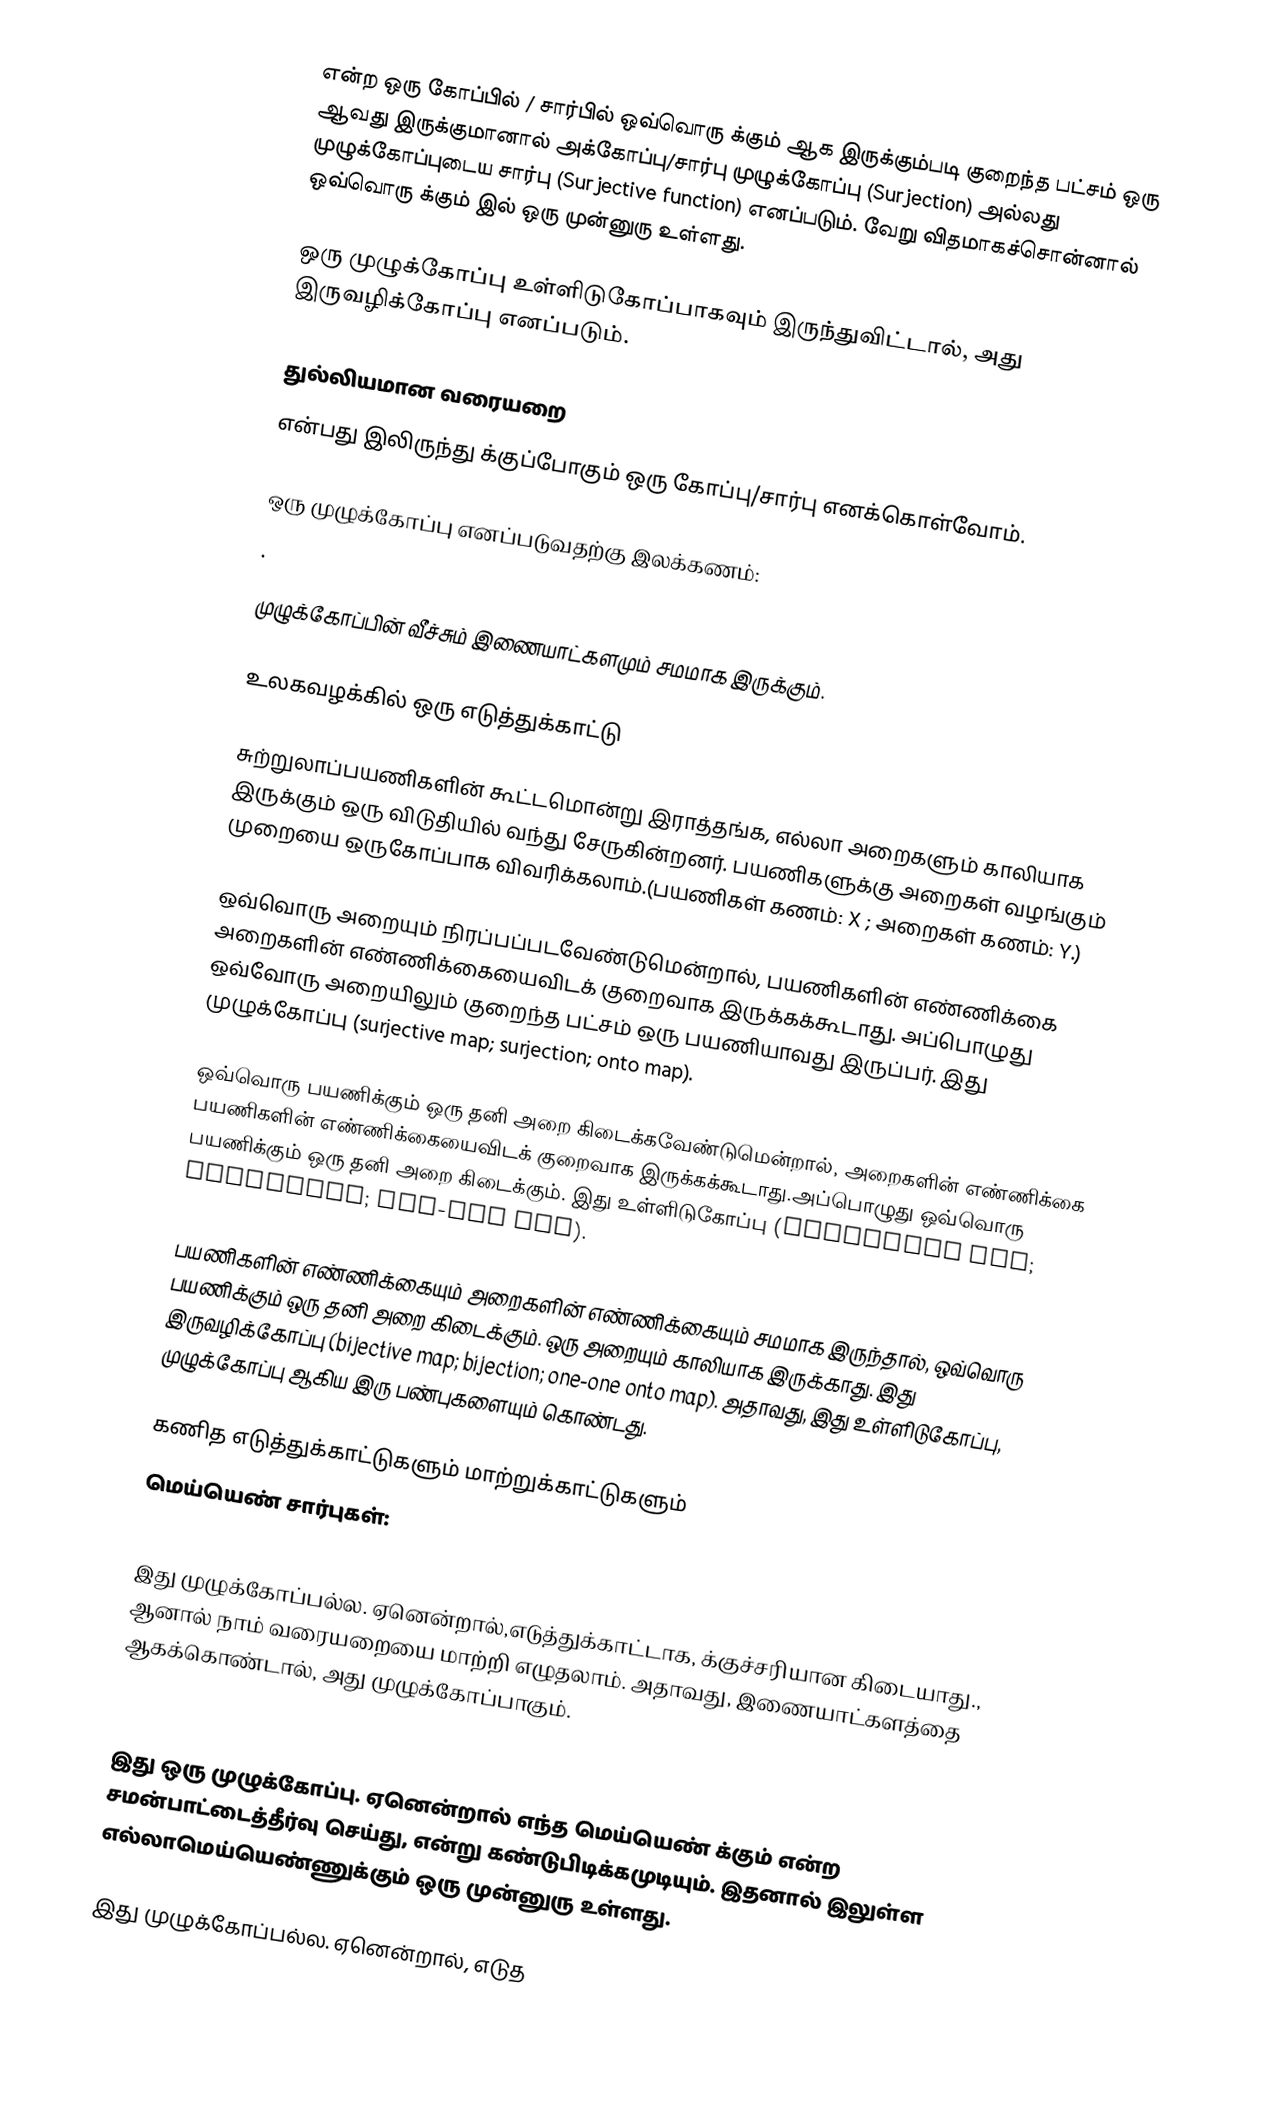
என்ற ஒரு கோப்பில் / சார்பில் ஒவ்வொரு  க்கும்   ஆக இருக்கும்படி குறைந்த பட்சம் ஒரு   ஆவது இருக்குமானால் அக்கோப்பு/சார்பு முழுக்கோப்பு (Surjection) அல்லது முழுக்கோப்புடைய சார்பு (Surjective function) எனப்படும். வேறு விதமாகச்சொன்னால் ஒவ்வொரு  க்கும்   இல் ஒரு முன்னுரு உள்ளது.

ஒரு முழுக்கோப்பு உள்ளிடுகோப்பாகவும் இருந்துவிட்டால், அது இருவழிக்கோப்பு எனப்படும்.

துல்லியமான வரையறை
  என்பது   இலிருந்து    க்குப்போகும் ஒரு கோப்பு/சார்பு எனக்கொள்வோம்.

 ஒரு முழுக்கோப்பு எனப்படுவதற்கு இலக்கணம்:
 .

முழுக்கோப்பின் வீச்சும் இணையாட்களமும் சமமாக இருக்கும்.

உலகவழக்கில் ஒரு எடுத்துக்காட்டு

சுற்றுலாப்பயணிகளின் கூட்டமொன்று இராத்தங்க, எல்லா அறைகளும் காலியாக இருக்கும் ஒரு விடுதியில் வந்து சேருகின்றனர். பயணிகளுக்கு அறைகள் வழங்கும் முறையை ஒருகோப்பாக விவரிக்கலாம்.(பயணிகள் கணம்: X ; அறைகள் கணம்: Y.)

ஒவ்வொரு அறையும்  நிரப்பப்படவேண்டுமென்றால், பயணிகளின் எண்ணிக்கை அறைகளின் எண்ணிக்கையைவிடக் குறைவாக இருக்கக்கூடாது. அப்பொழுது ஒவ்வோரு அறையிலும் குறைந்த பட்சம் ஒரு பயணியாவது இருப்பர். இது முழுக்கோப்பு (surjective map; surjection; onto map).

ஒவ்வொரு பயணிக்கும் ஒரு தனி அறை கிடைக்கவேண்டுமென்றால், அறைகளின் எண்ணிக்கை பயணிகளின் எண்ணிக்கையைவிடக் குறைவாக இருக்கக்கூடாது.அப்பொழுது ஒவ்வொரு பயணிக்கும் ஒரு தனி அறை கிடைக்கும். இது உள்ளிடுகோப்பு (injective map; injection; one-one map).

பயணிகளின் எண்ணிக்கையும் அறைகளின் எண்ணிக்கையும் சமமாக இருந்தால், ஒவ்வொரு பயணிக்கும் ஒரு தனி அறை கிடைக்கும். ஒரு அறையும் காலியாக இருக்காது. இது இருவழிக்கோப்பு (bijective map; bijection; one-one onto map). அதாவது, இது உள்ளிடுகோப்பு, முழுக்கோப்பு ஆகிய இரு பண்புகளையும் கொண்டது.

கணித எடுத்துக்காட்டுகளும் மாற்றுக்காட்டுகளும்
மெய்யெண் சார்புகள்:

இது முழுக்கோப்பல்ல. ஏனென்றால்,எடுத்துக்காட்டாக,   க்குச்சரியான  கிடையாது., ஆனால் நாம் வரையறையை  மாற்றி எழுதலாம். அதாவது, இணையாட்களத்தை   ஆகக்கொண்டால், அது முழுக்கோப்பாகும்.

இது ஒரு முழுக்கோப்பு. ஏனென்றால்  எந்த மெய்யெண்   க்கும்   என்ற சமன்பாட்டைத்தீர்வு செய்து,  என்று கண்டுபிடிக்கமுடியும். இதனால்  இலுள்ள எல்லாமெய்யெண்ணுக்கும் ஒரு முன்னுரு உள்ளது.

 இது முழுக்கோப்பல்ல. ஏனென்றால், எடுத